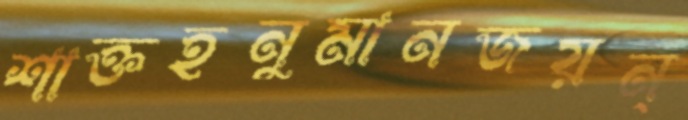
শাক্তহনুমানজয়ন্